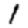
Digit: 1